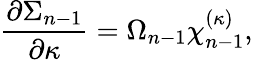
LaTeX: {\frac{\partial\Sigma_{n-1}}{\partial\kappa}}=\Omega_{n-1}\chi_{n-1}^{(\kappa)},